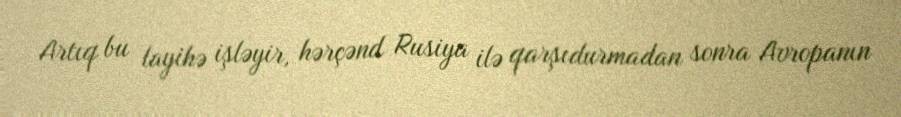
Artıq bu layihə işləyir, hərçənd Rusiya ilə qarşıdurmadan sonra Avropanın